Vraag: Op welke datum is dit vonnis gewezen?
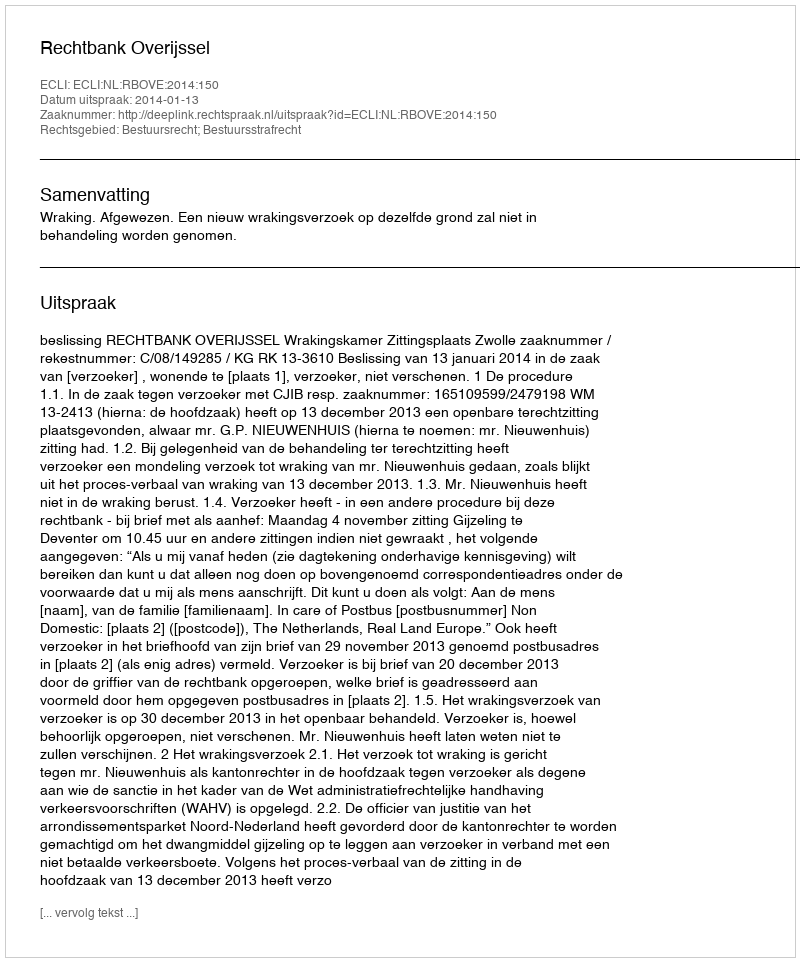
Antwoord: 2014-01-13